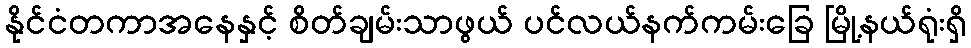
နိုင်ငံတကာအနေနှင့် စိတ်ချမ်းသာဖွယ် ပင်လယ်နက်ကမ်းခြေ မြို့နယ်ရုံးရှိ